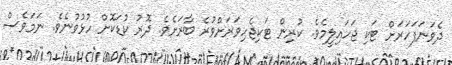
ދެވަނަފަހަރަށް ޓަކި ޖަހައިލީމެވެ. ކުރިން ޓަކިޖެހިވަރަށްވުރެ ބާރަށެވެ. ދޮރު ކުޑަކޮށް ހުޅުވުނެވެ. ނަމަވެސް